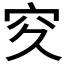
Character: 𥤯